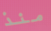
منذ